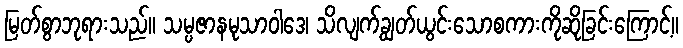
မြတ်စွာဘုရားသည်။ သမ္ပဇာနမုသာဝါဒေ၊ သိလျက်ချွတ်ယွင်းသောစကားကိုဆိုခြင်းကြောင့်။